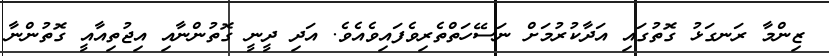
ޒިންމާ ރަނގަޅު ގޮތުގައި އަދާކުރުމަށް ނަސޭހަތްތެރިވެފައިވެއެވެ. އަދި ދީނީ ގޮތުންނާއި އިޖުތިއާއީ ގޮތުންނާ